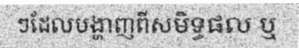
ៗដែលបង្ហាញពីសមិទ្ធផល ឬ